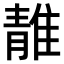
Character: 𨿬